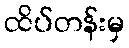
ထိပ်တန်းမှ